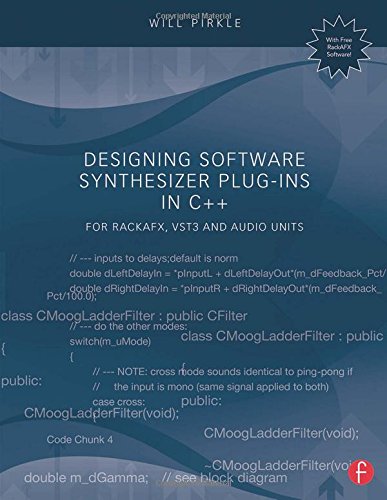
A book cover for Designing Software Synthesizer Plug-Ins in C++: For RackAFX, VST3, and Audio Units; Will Pirkle; Arts & Photography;